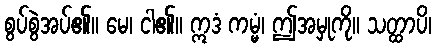
စွပ်စွဲအပ်၏။ မေ၊ ငါ၏။ ဣဒံ ကမ္မံ၊ ဤအမှုကို။ သတ္ထာပိ၊